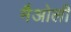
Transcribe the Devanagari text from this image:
मैओली